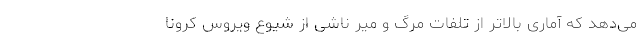
می‌دهد که آماری بالاتر از تلفات مرگ و میر ناشی از شیوع ویروس کرونا